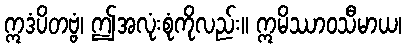
ဣဒံပိတဗ္ဗံ၊ ဤအလုံးစုံကိုလည်း။ ဣမိဿာဝသီမာယ၊